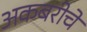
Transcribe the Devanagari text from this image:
अकबरीचे